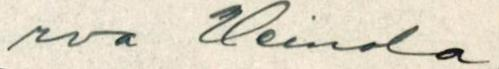
rva Heinola